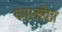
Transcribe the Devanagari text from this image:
पारमीता